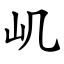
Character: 㞦